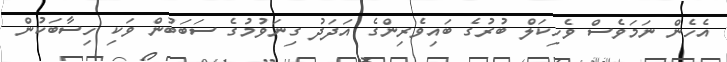
އެހެން ނަމަވެސް ވެހިކަލް ބުރުގެ ބައިވެރިންގެ އަދަދު ގިނަވުމުގެ ސަބަބުން ވަކި ހިސާބަކުން